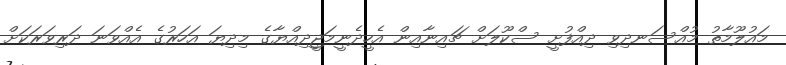
މައުލޫމާތު މުއްސަނދިވި ދިއްފުށީ ސްކޫލަށް ޗައިނާއިން އެހީދެނީމަޖީދިއްޔާގެ މިދިޔަ އަހަރުގެ އެއްވަނަ ދަރިވަރަކަށް